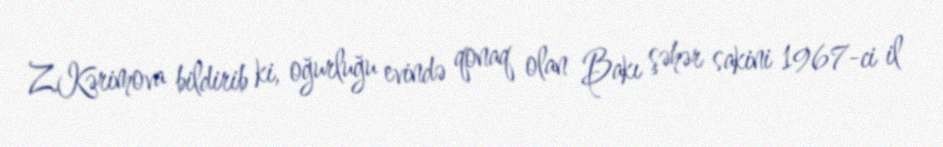
Z.Kərimova bildirib ki, oğurluğu evində qonaq olan Bakı şəhər sakini 1967-ci il